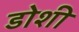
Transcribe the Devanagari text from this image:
डोशी